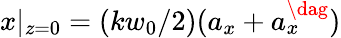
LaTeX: x|_{z=0}=(kw_{0}/2)(a_{x}+a_{x}^{\dag})